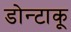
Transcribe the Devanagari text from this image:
डोन्टाकू